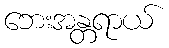
ဘေးအန္တရာယ်